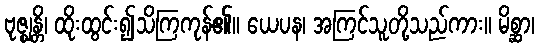
ဗုဇ္ဈန္တိ၊ ထိုးထွင်း၍သိကြကုန်၏။ ယေပန၊ အကြင်သူတို့သည်ကား။ မိစ္ဆာ၊